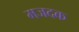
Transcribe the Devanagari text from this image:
मजदक